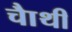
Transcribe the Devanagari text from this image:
चाैथी